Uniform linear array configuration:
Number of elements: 24
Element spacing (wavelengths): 0.25
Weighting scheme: binomial
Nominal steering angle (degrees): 30
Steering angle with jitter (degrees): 29.961
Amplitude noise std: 0.05
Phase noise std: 0.05

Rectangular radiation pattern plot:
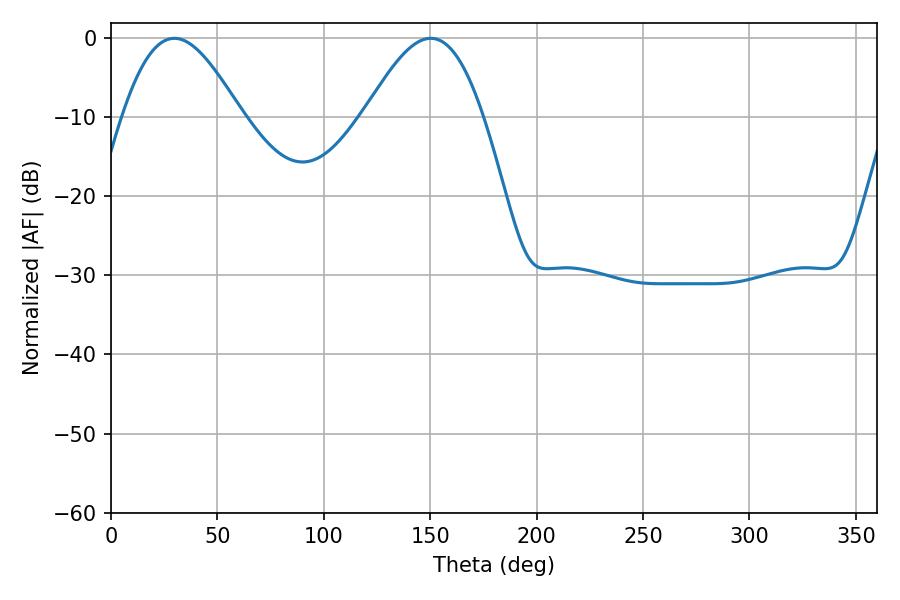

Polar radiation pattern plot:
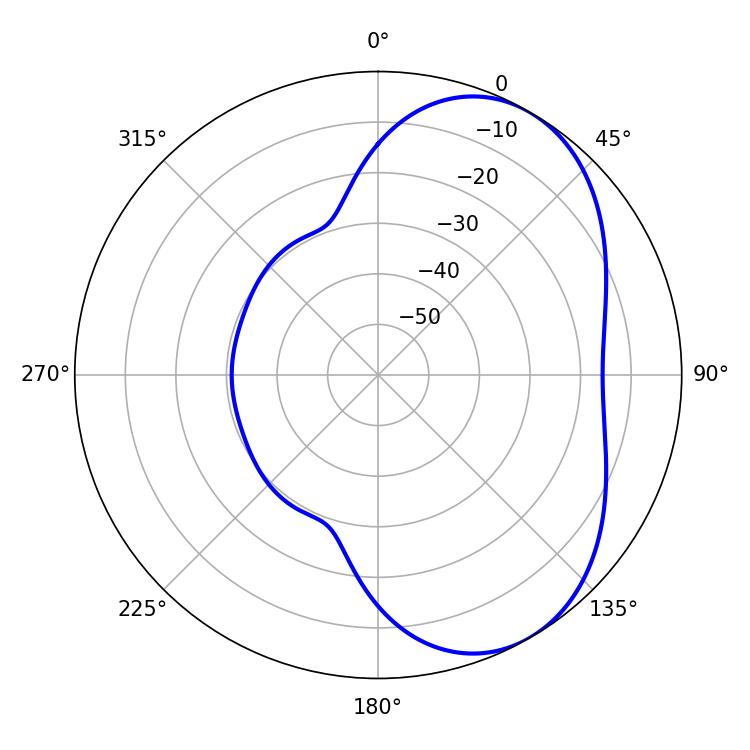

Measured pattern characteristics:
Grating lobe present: FALSE
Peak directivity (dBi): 5.116
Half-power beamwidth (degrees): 30.06
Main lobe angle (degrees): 29.7